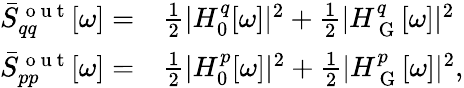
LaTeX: \begin{array}{rl}{\bar{S}_{qq}^{\mathrm{~o~u~t~}}[\omega]=}&{{}\frac{1}{2}|H_{0}^{q}[\omega]|^{2}+\frac{1}{2}|H_{\mathrm{~G~}}^{q}[\omega]|^{2}}\\ {\bar{S}_{pp}^{\mathrm{~o~u~t~}}[\omega]=}&{{}\frac{1}{2}|H_{0}^{p}[\omega]|^{2}+\frac{1}{2}|H_{\mathrm{~G~}}^{p}[\omega]|^{2},}\end{array}